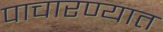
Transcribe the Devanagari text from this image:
पाचारण्यात